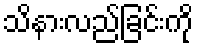
သိနားလည်ခြင်းကို